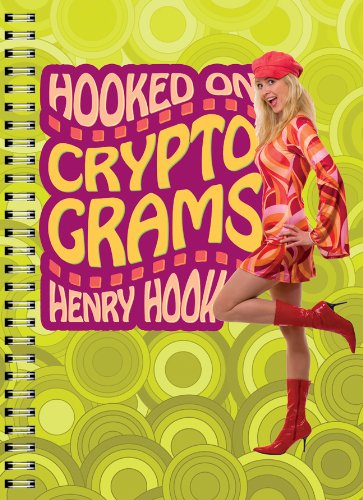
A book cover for Hooked on Cryptograms; Henry Hook; Humor & Entertainment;